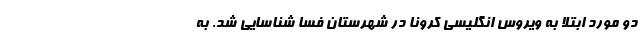
دو مورد ابتلا به ویروس انگلیسی کرونا در شهرستان فسا شناسایی شد. به